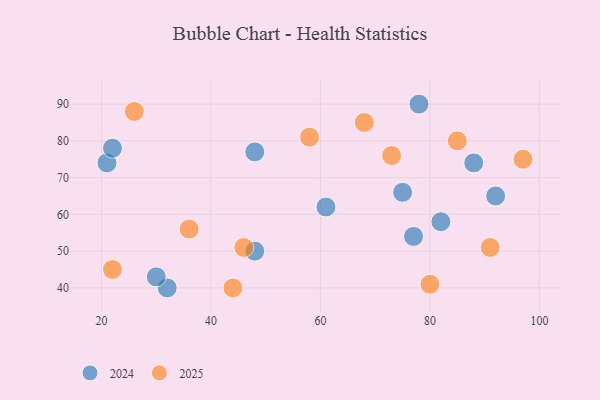
{"axis": {"x": "GDP", "y": "Life Expectancy"}, "legend": ["2024", "2025"], "data": [{"x": "32", "y": 40, "type": "2024"}, {"x": "21", "y": 74, "type": "2024"}, {"x": "30", "y": 43, "type": "2024"}, {"x": "22", "y": 78, "type": "2024"}, {"x": "75", "y": 66, "type": "2024"}, {"x": "82", "y": 58, "type": "2024"}, {"x": "92", "y": 65, "type": "2024"}, {"x": "77", "y": 54, "type": "2024"}, {"x": "48", "y": 77, "type": "2024"}, {"x": "48", "y": 50, "type": "2024"}, {"x": "88", "y": 74, "type": "2024"}, {"x": "61", "y": 62, "type": "2024"}, {"x": "78", "y": 90, "type": "2024"}, {"x": "46", "y": 51, "type": "2025"}, {"x": "97", "y": 75, "type": "2025"}, {"x": "73", "y": 76, "type": "2025"}, {"x": "85", "y": 80, "type": "2025"}, {"x": "80", "y": 41, "type": "2025"}, {"x": "22", "y": 45, "type": "2025"}, {"x": "68", "y": 85, "type": "2025"}, {"x": "44", "y": 40, "type": "2025"}, {"x": "58", "y": 81, "type": "2025"}, {"x": "36", "y": 56, "type": "2025"}, {"x": "91", "y": 51, "type": "2025"}, {"x": "26", "y": 88, "type": "2025"}]}